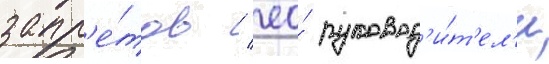
запр'е́тов / ео́ руковод'и́т'ел'и